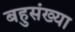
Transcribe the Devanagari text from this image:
बहुसंख्‍या